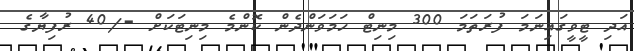
އަދި ޓީވީގައިނަމަ ފުރަތަމަ 300 މިނިޓް ހަމަވަންދެން ކޮންމެ މިނިޓަކަށް -/40 ރުފިޔާގެ